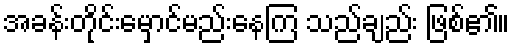
အခန်းတိုင်းမှောင်မည်းနေကြ သည်ချည်း ဖြစ်၏။